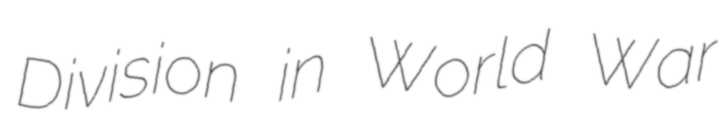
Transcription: Division in World War